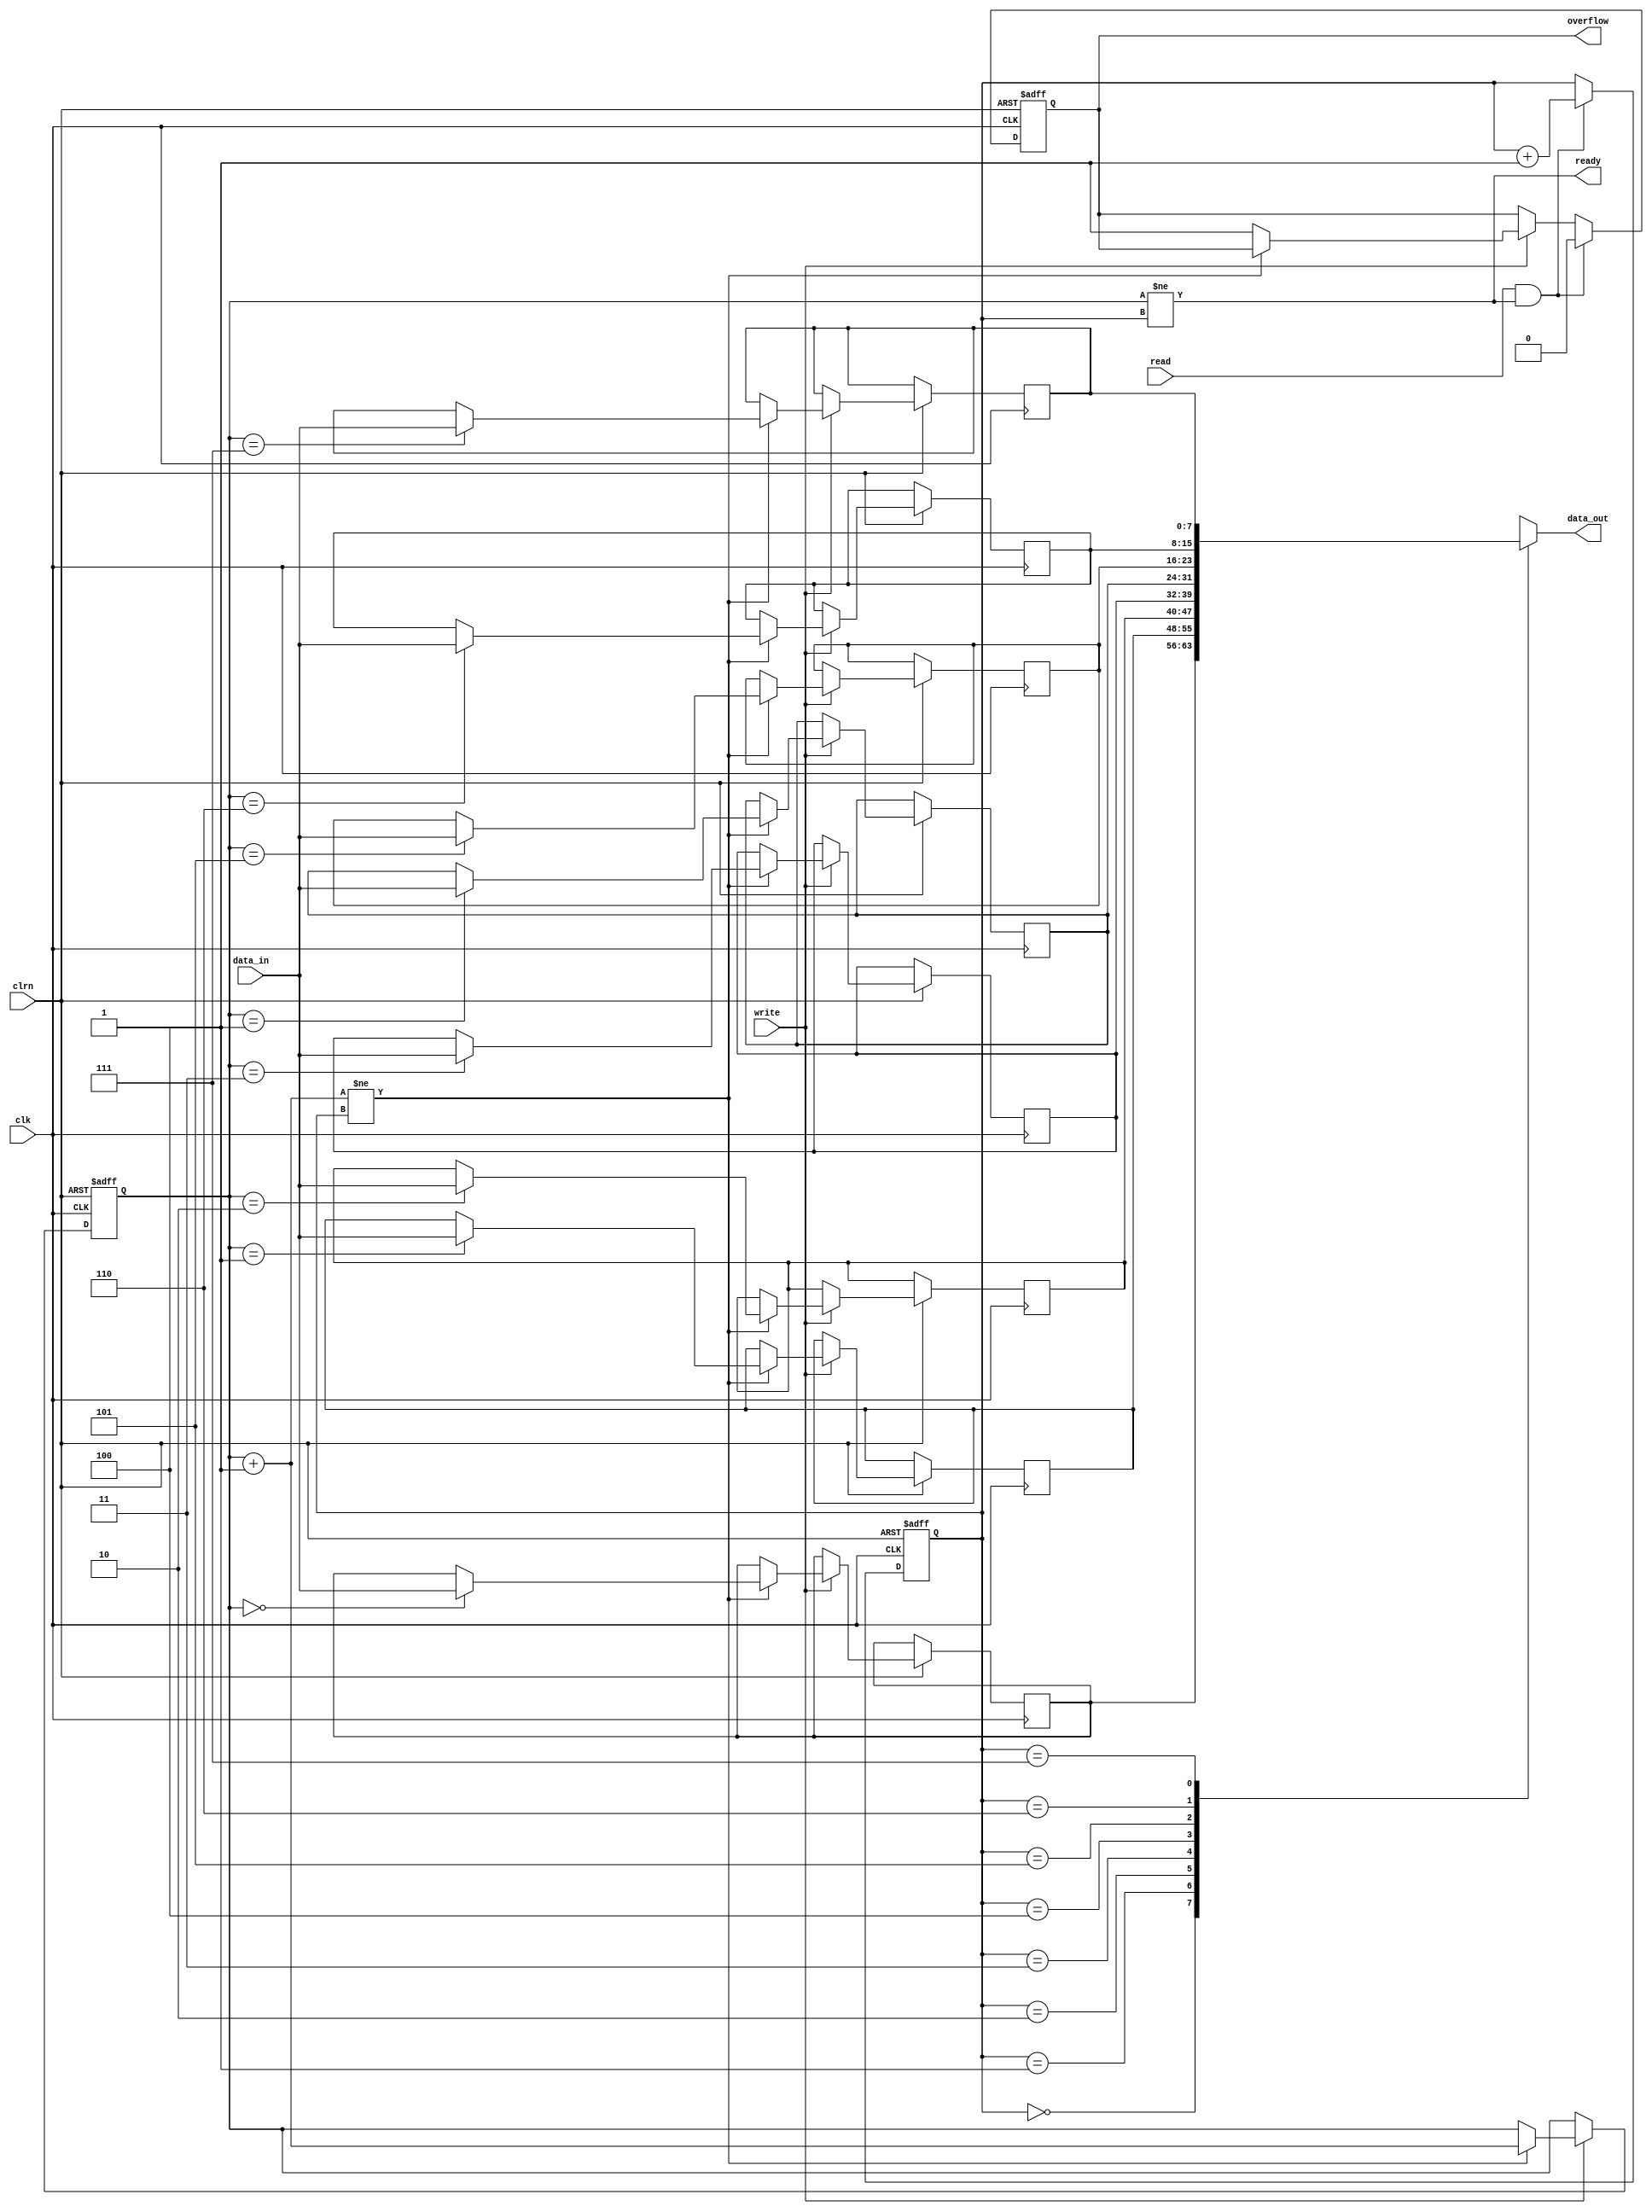
/************************************************
  The Verilog HDL code example is from the book
  Computer Principles and Design in Verilog HDL
  by Yamin Li, published by A JOHN WILEY & SONS
************************************************/
module fifo (clk,clrn,read,write,data_in,data_out,ready,overflow);   // fifo
    input        clk, clrn;                       // clock and reset
    input        read;                            // fifo read, active high
    input        write;                           // fifo write, active high
    input  [7:0] data_in;                         // fifo data input
    output [7:0] data_out;                        // fifo data output
    output       ready;                           // fifo has data
    output reg   overflow;                        // fifo overflow flag
    reg    [7:0] fifo_buff [7:0];                 // fifo buffer of depth 8
    reg    [2:0] write_pointer;                   // fifo write pointer
    reg    [2:0] read_pointer;                    // fifo read pointer
    always @ (posedge clk or negedge clrn) begin
        if (!clrn) begin
            write_pointer <= 0;                   // clear write pointer
            read_pointer  <= 0;                   // clear read pointer
            overflow      <= 0;                   // clear overflow flag
        end else begin
            if (write) begin
                if ((write_pointer + 3'b1) != read_pointer) begin 
                    fifo_buff[write_pointer] <= data_in;   // push data
                    write_pointer <= write_pointer + 3'd1; // pointer++
                end else begin
                    overflow <= 1;                         // overflow
                end
            end
            if (read && ready) begin
                read_pointer <= read_pointer + 3'd1;       // pointer++, pop
                overflow <= 0;                             // clear overflow
            end 
        end
    end
    assign ready = (write_pointer != read_pointer);        // has data
    assign data_out = fifo_buff[read_pointer];             // data output
endmodule